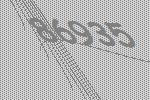
86935